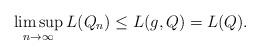
LaTeX: \begin{align*}\limsup_{n \to \infty}L(Q_n) \leq L(g,Q)=L(Q).\end{align*}